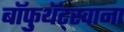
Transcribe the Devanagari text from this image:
बॉफुथॅट्स्वाना